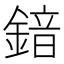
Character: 𮢣